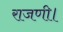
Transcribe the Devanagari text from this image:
राजणी।